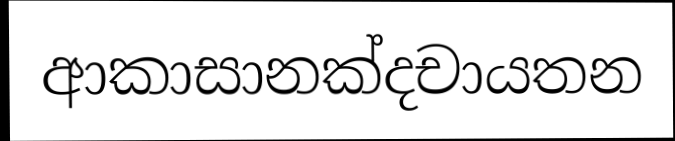
ආකාසානක්දචායතන